Vaccination in Bombay 1869-1873 - 1869-1873
Year: 1869
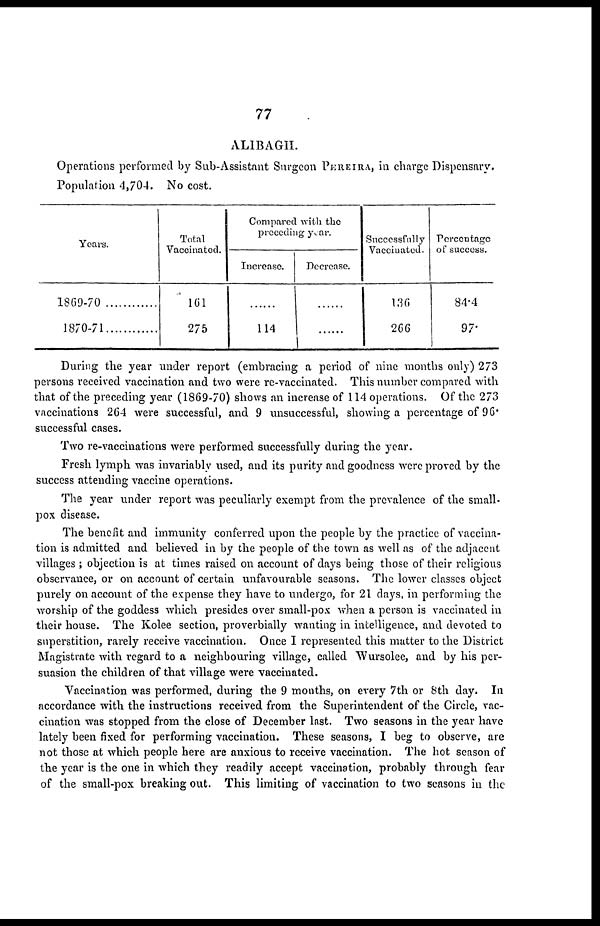
77
ALIBAGH.
Operations performed by Sub-Assistant Surgeon PEREIRA, in charge Dispensary.
Population 4,704. No cost.
Years.
1869-70
1870-71
Total
Vaccinated.
161
275
Compared with the
preceding year.
Increase.
......
114
Decrease.
......
......
Successfully
Vaccinated.
136
266
Percentage
of success.
84.4
97.
During the year under report (embracing a period of nine months only) 273
persons received vaccination and two were re-vaccinated. This number compared with
that of the preceding year (1869-70) shows an increase of 114 operations. Of the 273
vaccinations 264 were successful, and 9 unsuccessful, showing a percentage of 96.
successful cases.
Two re-vaccinations were performed successfully during the year.
Fresh lymph was invariably used, and its purity and goodness were proved by the
success attending vaccine operations.
The year under report was peculiarly exempt from the prevalence of the small-
pox disease.
The benefit and immunity conferred upon the people by the practice of vaccina-
tion is admitted and believed in by the people of the town as well as of the adjacent
villages ; objection is at times raised on account of days being those of their religious
observance, or on account of certain unfavourable seasons. The lower classes object
purely on account of the expense they have to undergo, for 21 days, in performing the
worship of the goddess which presides over small-pox when a person is vaccinated in
their house. The Kolee section, proverbially wanting in intelligence, and devoted to
superstition, rarely receive vaccination. Once I represented this matter to the District
Magistrate with regard to a neighbouring village, called Wursolee, and by his per-
suasion the children of that village were vaccinated.
Vaccination was performed, during the 9 months, on every 7th or 8th day. In
accordance with the instructions received from the Superintendent of the Circle, vac-
cination was stopped from the close of December last. Two seasons in the year have
lately been fixed for performing vaccination. These seasons, I beg to observe, are
not those at which people here are anxious to receive vaccination. The hot season of
the year is the one in which they readily accept vaccination, probably through fear
of the small-pox breaking out. This limiting of vaccination to two seasons in the